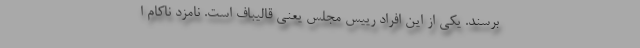
برسند. یکی از این افراد رییس مجلس یعنی قالیباف است. نامزد ناکام ا